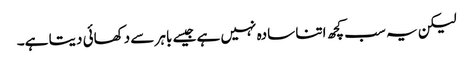
لیکن یہ سب کچھ اتنا سادہ نہیں ہے جیسے باہر سے دکھائی دیتا ہے۔